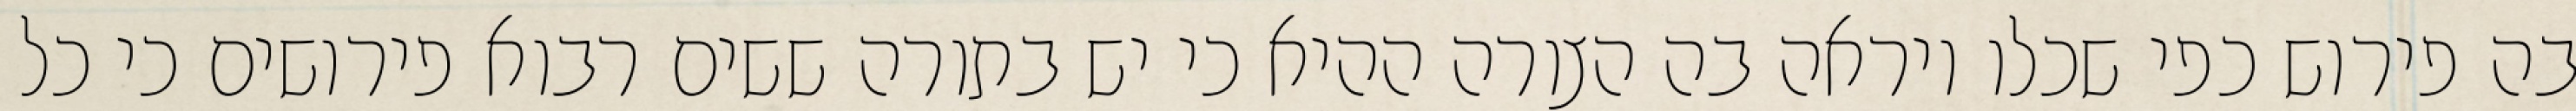
בה פירוש כפי שכלו ויראה בה הצורה ההיא כי יש בתורה ששים רבוא פירושים כי כל